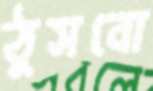
ঠুসবো